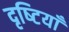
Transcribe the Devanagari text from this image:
दृष्‍टियाँ